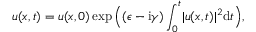
u ( x , t ) = u ( x , 0 ) \exp \Big ( ( \epsilon - \mathrm { i } \gamma ) \int _ { 0 } ^ { t } \lvert u ( x , t ) \rvert ^ { 2 } \mathrm { d } t \Big ) ,